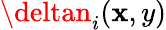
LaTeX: \deltan_{i}(\mathbf{x},y)